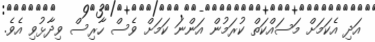
އަދި އެކަމަށް މަސައްކަތް ކުރަމުން އަންނަ ކަމަށް ވެސް ހާރިސް ވިދާޅުވި އެވެ.